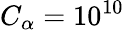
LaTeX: C_{\alpha}=10^{10}